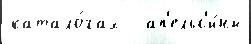
катало́гах   ап'ельс'и́ны